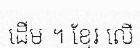
ដើម ។ ខ្មែរ លើ